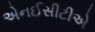
એનઈસીટીએ